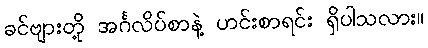
ခင်ဗျားတို့ အင်္ဂလိပ်စာနဲ့ ဟင်းစာရင်း ရှိပါသလား။